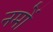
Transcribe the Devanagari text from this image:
नमों